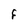
Character: F